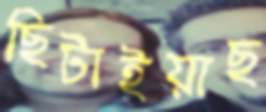
ছিটাইয়াছ